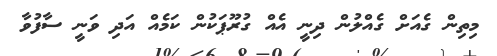
މިތިން ގެއަށް ގެއްލުން ދިނީ އެއް ގުރޫޕަކުން ކަމެއް އަދި ވަނީ ސާފުވާ